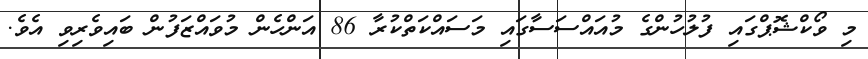
މި ވޯކްޝޮޕްގައި ފުލުހުންގެ މުއައްސަސާގައި މަސައްކަތްކުރާ 86 އަންހެން މުވައްޒަފުން ބައިވެރިވި އެވެ.